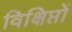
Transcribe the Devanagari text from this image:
विक्षिप्तों